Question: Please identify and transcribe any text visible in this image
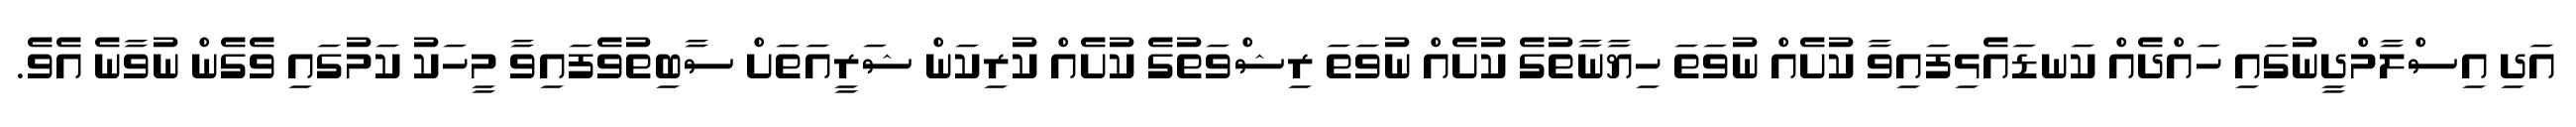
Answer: އަދި އިސްލާމްދީނުގައި ހައްދެއް ކަނޑައެޅިފައިވާ ކުށެއް ނުވަތަ ހިޔާނާތުގެ ކުށެއް ނުވަތަ ރިޝްވަތުގެ ކުށެއް ކުރިކަން ޝަރީއަތަށް ސާބިތުވެފައިވާ މީހަކު ކަމުގައި ވެގެން ނުވާނެ އެވެ.